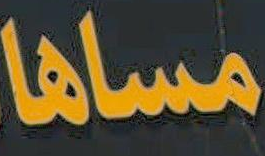
مساها